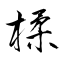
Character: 楺